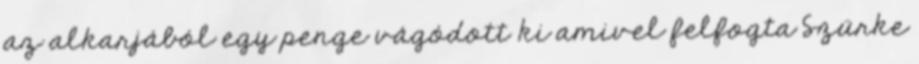
az alkarjából egy penge vágódott ki amivel felfogta Szürke